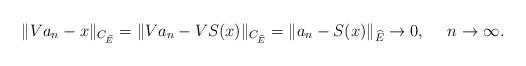
LaTeX: \begin{align*}\|V a_n-x\|_{C_{\widehat{E}}}=\|V a_n-VS(x)\|_{C_{\widehat{E}}}=\|a_n-S(x)\|_{\widehat{E}}\to 0, \ \ \ \ n\to\infty.\end{align*}